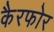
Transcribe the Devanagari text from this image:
कैरफोर